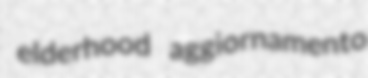
elderhood aggiornamento